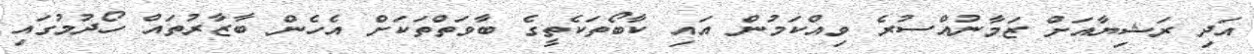
އަދި ރަޝިޔާއަށް ޒަމާނުއްސުރެ ވިއްކަމުން އައި ކާބޯތަކެތީގެ ބާވަތްތަކަށް އެހެން ބާޒާރުތައް ހޯދުމުގައި